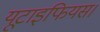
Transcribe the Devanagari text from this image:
यूटाइफियस।